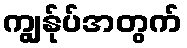
ကျွန်ုပ်အတွက်